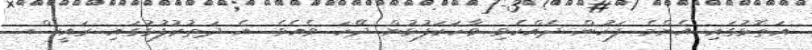
އަތޮޅުގައި އެންމެ ފަހުން ދެއްކެވި ވާހަކަފުޅުން ދޭހަ ވެއެވެ. އެ ދަތުރުފުޅުގައި ރައީސް